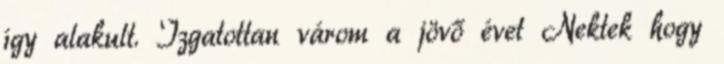
így alakult. Izgatottan várom a jövő évet Nektek hogy